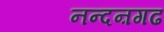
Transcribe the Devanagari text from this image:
नन्दऩगढ